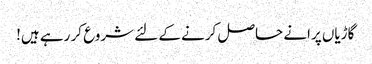
گاڑیاں پرانے حاصل کرنے کے لئے شروع کر رہے ہیں!